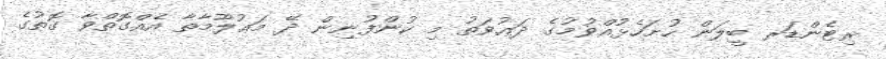
ރިޓެންޑަރ ބީލަން ހުށަހެޅުއްވުމުގެ ދަޢުވަތު މި ކުންފުނިން ދޭ މަޢުލޫމާތާ އެއްގޮތްވާ ގޮތުގެ